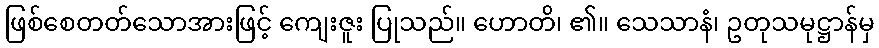
ဖြစ်စေတတ်သောအားဖြင့် ကျေးဇူး ပြုသည်။ ဟောတိ၊ ၏။ သေသာနံ၊ ဥတုသမုဋ္ဌာန်မှ